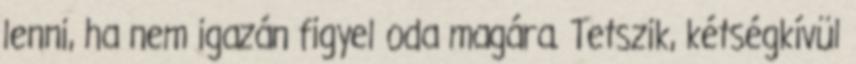
lenni, ha nem igazán figyel oda magára. Tetszik, kétségkívül